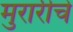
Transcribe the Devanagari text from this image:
मुरारीचे